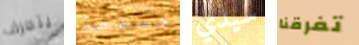
يتعرف حسبما سيدي تفرقنا